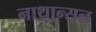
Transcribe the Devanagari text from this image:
नाथान्सन